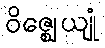
ဝိဇ္ဈေယျုံ